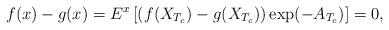
LaTeX: \begin{align*}f(x)-g(x)=E^x\left[(f(X_{T_c})-g(X_{T_c}))\exp(-A_{T_c})\right]=0,\end{align*}